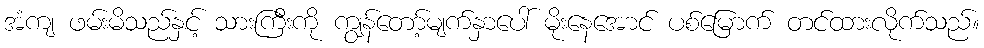
အံကျ ဖမ်းမိသည်နှင့် သားကြီးကို ကျွန်တော့်မျက်နှာပေါ် မိုးနေအောင် ပစ်မြောက် တင်ထားလိုက်သည်။